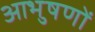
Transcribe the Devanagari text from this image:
आभुषणों